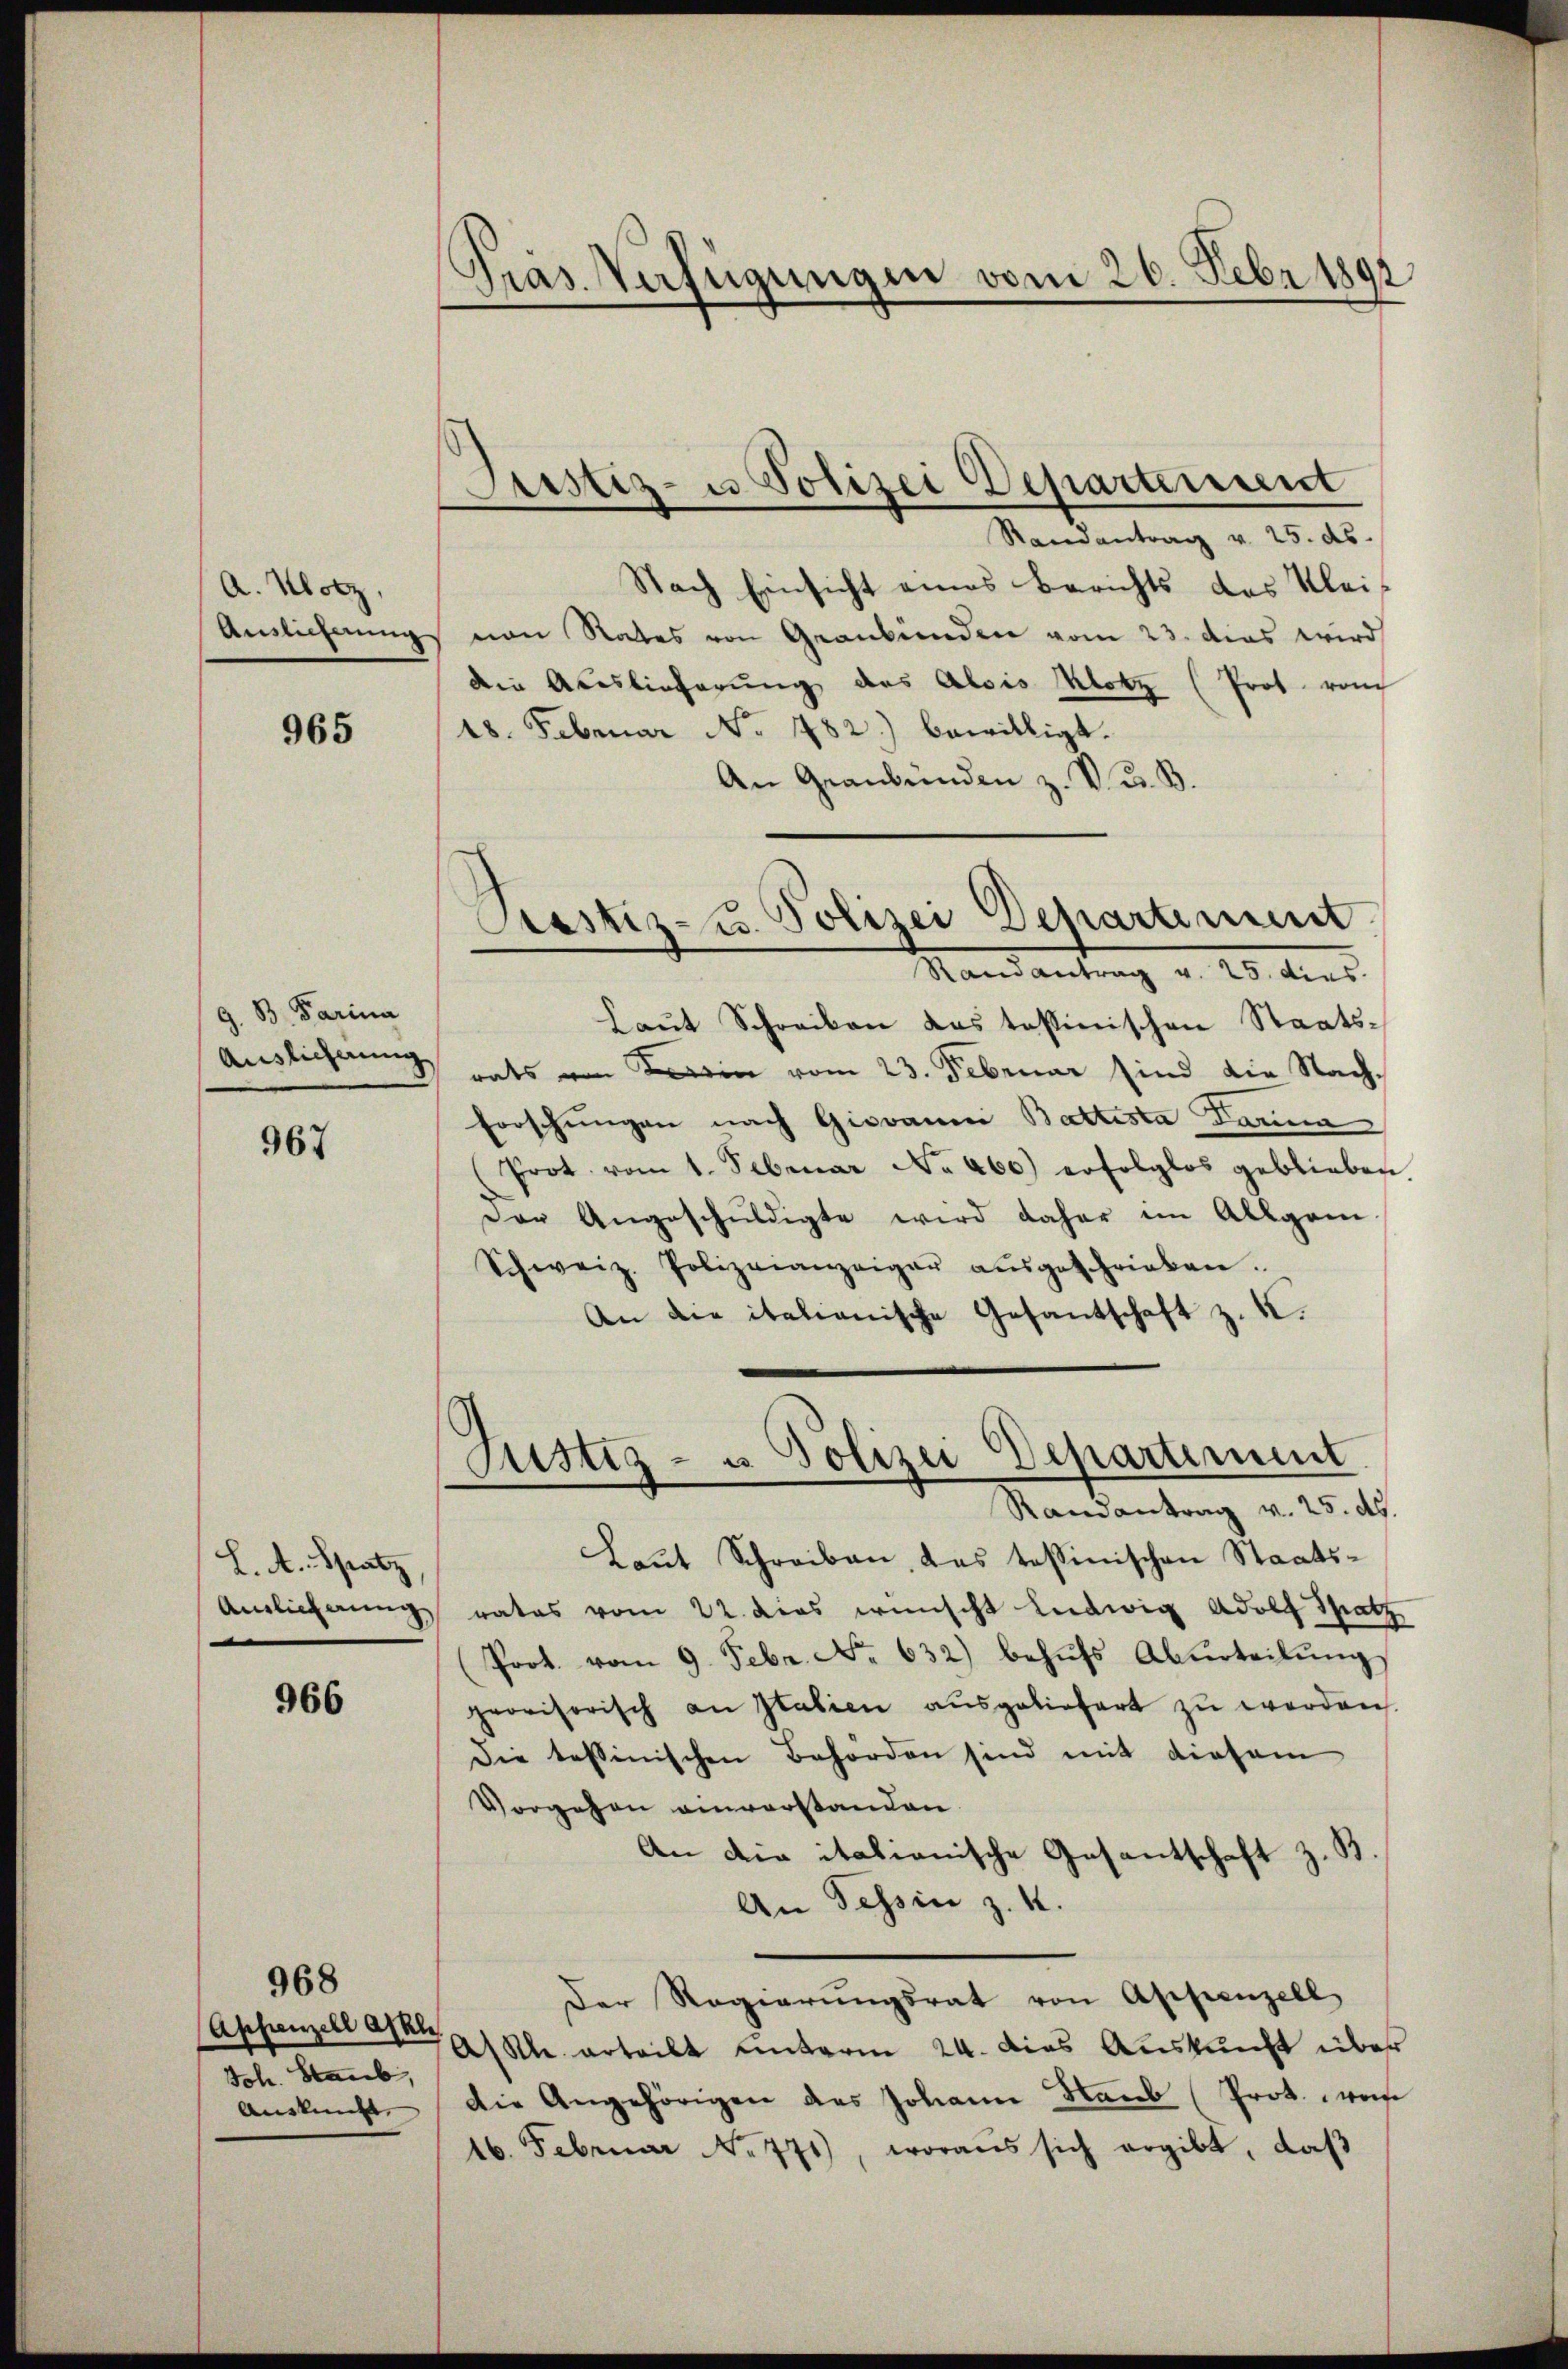
A. Hotz,
Anzlichnung

965

G. B. Parina
Auslieferung

967

L. A. Spatz

966

968

Ich. Staub,
Auskunft.

Pras. Verfügungen vom 26. Febr 1891

Justiz- u Polizei Departement
Randantrag v. 25. ds.

Nach Einsicht eines Berichts des Kleinen Rates von Graubünden vom 23. das wird
die Aceslieferung des Alois Klotz (Prot. rauch
18. Februar No. 1782.) bewilligt.
An Graubünden z. V. D. B.
Piustiz- u. Polizei Departiment
Randantrag v. 25. dies
Laut Schreiben das tessinischen Staatsrats von ein vom 23. Februar sind die Nach¬
Forschungen nach Giovanni Battista Dara
Prot. vom 1. Februar No. 460) erfolglos geblieben
Der Angeschŭldigte wird daher im Allgem
Schweiz. Polizeianzeiger aŭsgeschrieben.
An die italianische Gesantschaft z. K.

Laŭt Schreiben, das tessinischen Staats-
Anglicherung rates vom 22. dies wünscht Ludwig Adolf Spatz
(Prot. vom 9. Febr. No. 632) behŭfs Aburteilŭng
provisorisch an Italien aŭsgeliefert zŭ werden.
Die tessinischen Behörden sind mit diesem
Vorgehen einverstanden.
An die italianische Gesantschaft z. B
An Tessin z. K.
Der Regierŭngsrat von Appenzell
(Appenzell als Kle erteilt unterm 24. dies Aŭskŭnft über
die Angehörigen des Johann Staub (Prot. weis
16. Februar No. 771), woraus sich ergibt, daβ

Justiz- u. Polizei Departement
Randantrag v. 25. ds.